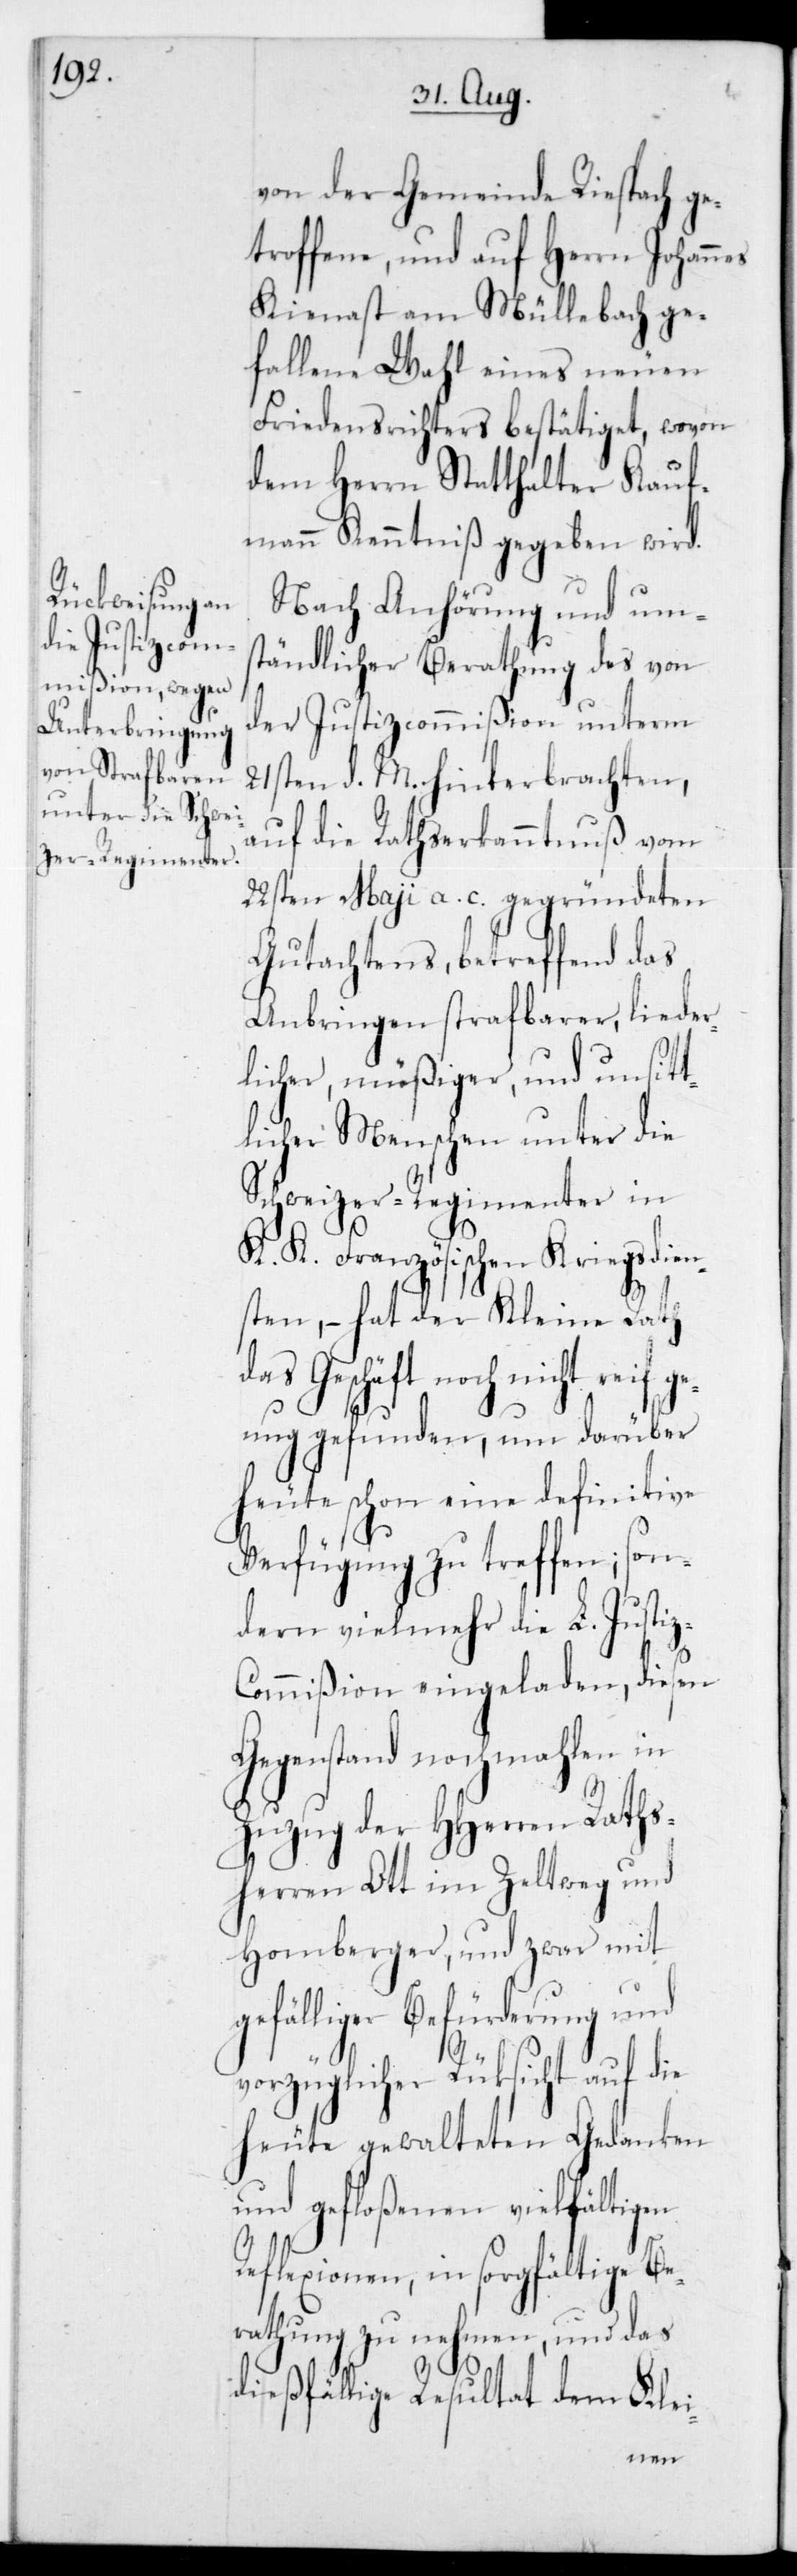
von der Gemeinde Riespach ge¬
troffene, und auf Herrn Johannes
Kienast am Mühlebach ge¬
fallene Wahl eines neuen
Friedensrichters bestätiget, wovon
dem Herrn Statthalter Kauf¬
mann Kenntniß gegeben wird.
Nach Anhörung und um¬
ständlicher Berathung des von
der Justizcommißion unterm
21sten d. M. hinterbrachten,
auf die Rathserkanntnuß vom
22sten May a. c. gegründeten
Gutachtens, betreffend das
Anbringen strafbarer, lieder¬
licher, müßiger und unsitt¬
licher Menschen unter die
Schweizer-Regimenter in
K. K. Französischen Kriegsdien¬
sten, – hat der Kleine Rath
das Geschäft noch nicht reif
genug gefunden, um darüber
heute schon eine definitive
Verfügung zu treffen; son¬
dern vielmehr die L. Justi¬
ommißion eingeladen, diesen
Gegenstand nochmahlen in
Zuzug des HHerren Raths¬
herren Ott im Zeltweg und
Homberger, und zwar mit
gefälliger Befürderung und
vorzüglicher Rücksicht auf die
heute gewalteten Gedanken
und gefloßenen vielfältigen
Reflexionen, in sorgfältige Be¬
rathung zu nehmen, und das
dießfällige Resultat dem Klei-
z-C¬